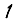
Digit: 1